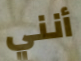
أنني